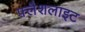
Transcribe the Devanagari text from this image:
फ़्लैशलाइट